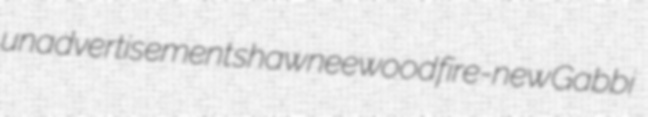
unadvertisement shawneewood fire-new Gabbi